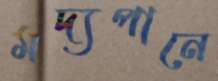
মদ্যপানে